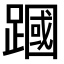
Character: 𫏜